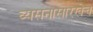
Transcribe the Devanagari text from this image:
व्यसनासारखेच